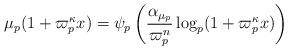
LaTeX: \begin{align*}\mu_p(1+\varpi_p^{\kappa} x) = \psi_p\left(\frac{\alpha_{\mu_p}}{\varpi_p^n}\log_p(1+\varpi_p^{\kappa}x)\right) \end{align*}